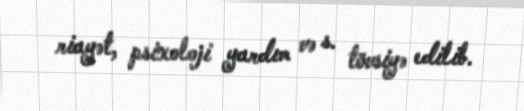
riayət, psixoloji yardım və s. tövsiyə edilib.